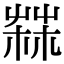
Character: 𦲬